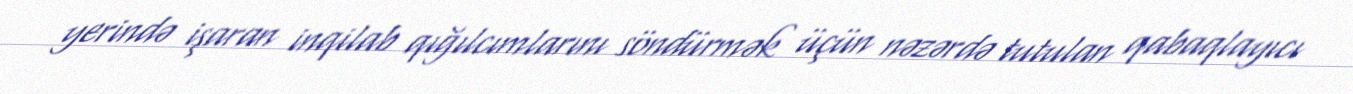
yerində işaran inqilab qığılcımlarını söndürmək üçün nəzərdə tutulan qabaqlayıcı